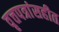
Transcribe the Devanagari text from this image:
वृत्तपत्रांसहीत